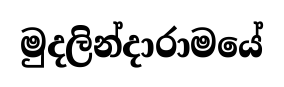
මුදලින්දාරාමයේ